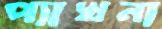
প্যাখনা